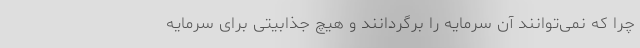
چرا که نمی‌توانند آن سرمایه را برگردانند و هیچ جذابیتی برای سرمایه